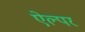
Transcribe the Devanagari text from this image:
ऐल्पर